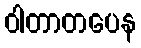
ဝါတာတပေန